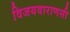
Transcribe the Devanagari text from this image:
विजयवाराणसी